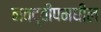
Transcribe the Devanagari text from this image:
नवद्वीपमधील